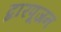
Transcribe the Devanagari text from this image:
द्वारपूजन